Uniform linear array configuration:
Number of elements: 32
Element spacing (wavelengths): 0.75
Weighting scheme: blackman
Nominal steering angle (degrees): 30
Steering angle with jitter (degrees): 29.52
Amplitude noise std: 0.05
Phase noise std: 0.05

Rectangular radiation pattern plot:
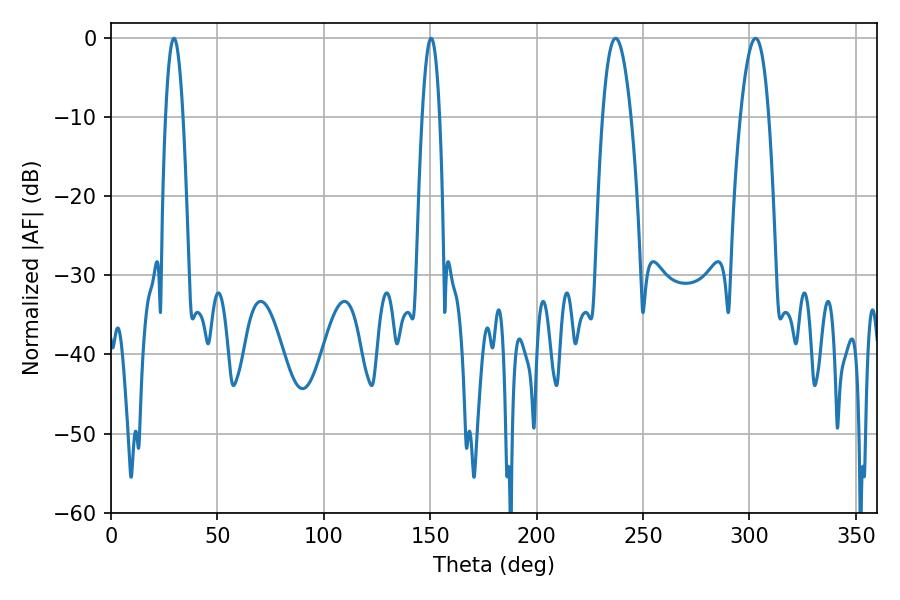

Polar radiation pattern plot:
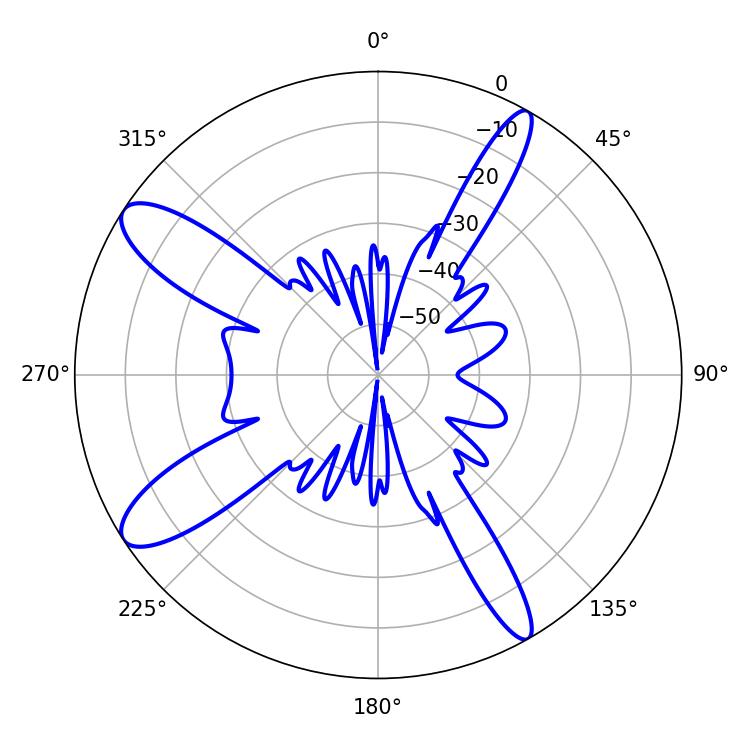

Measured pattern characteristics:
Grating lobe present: TRUE
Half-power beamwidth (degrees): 7.38
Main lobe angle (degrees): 237.06